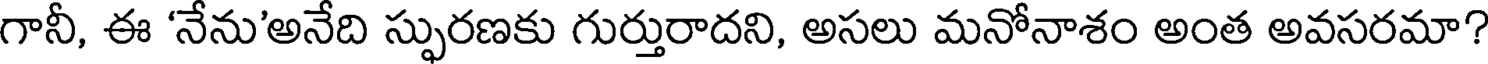
గానీ, ఈ 'నేను'అనేది స్ఫురణకు గుర్తురాదని, అసలు మనోనాశం అంత అవసరమా?